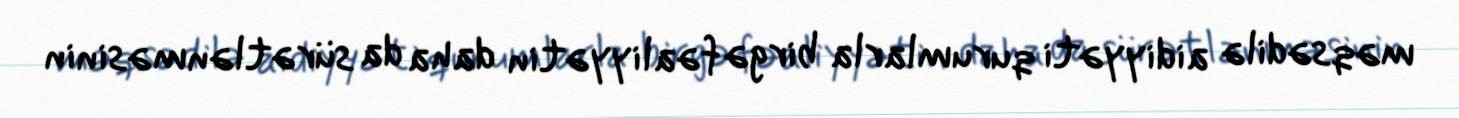
məqsədilə aidiyyəti qurumlarla birgə fəaliyyətin daha da sürətlənməsinin